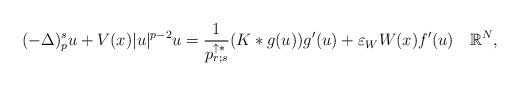
LaTeX: \begin{align*}(-\Delta)^s_p u+V(x)|u|^{p-2}u=\frac{1}{p_{r;s}^{\uparrow *}}(K\ast g(u))g'(u)+\varepsilon_W W(x)f'(u)\quad\mathbb{R}^N,\end{align*}